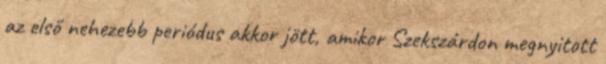
az első nehezebb periódus akkor jött, amikor Szekszárdon megnyitott